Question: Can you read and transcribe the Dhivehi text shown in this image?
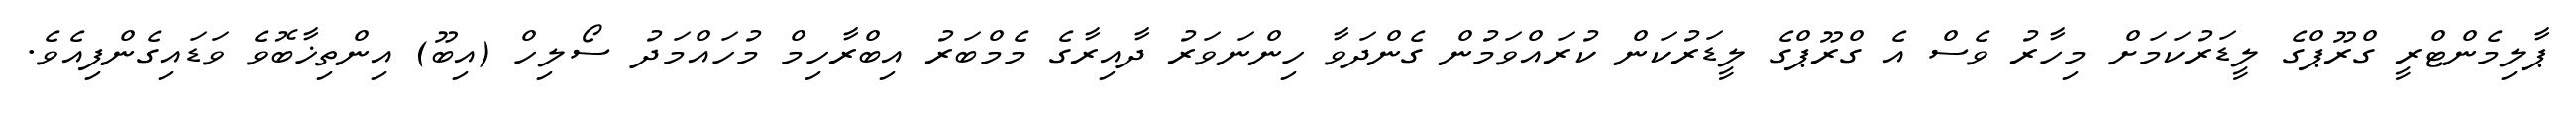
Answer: ޕާލިމެންޓްރީ ގްރޫޕްގެ ލީޑަރުކަމަށް މިހާރު ވެސް އެ ގްރޫޕްގެ ލީޑަރުކަން ކުރައްވަމުން ގެންދަވާ ހިންނަވަރު ދާއިރާގެ މެމްބަރު އިބްރާހިމް މުހައްމަދު ސޯލިހް (އިބޫ) އިންތިޚާބޮވެ ވަޑައިގެންފިއެވެ.